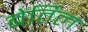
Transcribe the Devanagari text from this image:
बेर्तिल